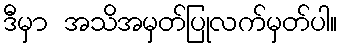
ဒီမှာ အသိအမှတ်ပြုလက်မှတ်ပါ။